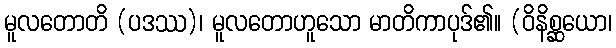
မူလတောတိ (ပဒဿ)၊ မူလတောဟူသော မာတိကာပုဒ်၏။ (ဝိနိစ္ဆယော၊